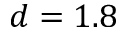
d = 1 . 8